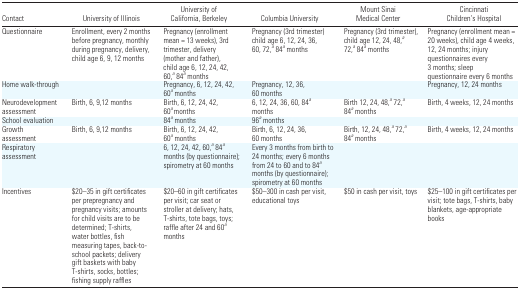
<table><thead><tr><td><b>Contact</b></td><td><b>University of Illinois</b></td><td><b>University of California, Berkeley</b></td><td><b>Columbia University</b></td><td><b>Mount Sinai Medical Center</b></td><td><b>Cincinnati Children’s Hospital</b></td></tr></thead><tbody><tr><td>Questionnaire</td><td>Enrollment, every 2 months before pregnancy, monthly during pregnancy, delivery, child age 6, 9, 12 months</td><td>Pregnancy (enrollment mean = 13 weeks), 3rd trimester, delivery (mother and father), child age 6, 12, 24, 42, 60,a 84a months</td><td>Pregnancy (3rd trimester) child age 6, 12, 24, 36, 60, 72,a 84a months</td><td>Pregnancy (3rd trimester), child age 12, 24, 48,a 72,a 84a months</td><td>Pregnancy (enrollment mean = 20 weeks), child age 4 weeks, 12, 24 months; injury questionnaires every 3 months; sleep questionnaire every 6 months</td></tr><tr><td>Home walk-through</td><td></td><td>Pregnancy, 6, 12, 24, 42, 60a months</td><td>Pregnancy, 12, 36, 60 months</td><td></td><td>Pregnancy, 12, 24 months</td></tr><tr><td>Neurodevelopment assessment</td><td>Birth, 6, 9,12 months</td><td>Birth, 6, 12, 24, 42, 60a months</td><td>6, 12, 24, 36, 60, 84a months</td><td>Birth 12, 24, 48,a 72,a 84a months</td><td>Birth, 4 weeks, 12, 24 months</td></tr><tr><td>School evaluation</td><td></td><td>84a months</td><td>96a months</td><td></td><td></td></tr><tr><td>Growth assessment</td><td>Birth, 6, 9,12 months</td><td>Birth, 6, 12, 24, 42, 60a months</td><td>Birth, 6, 12, 24, 36, 60 months</td><td>Birth, 12, 24, 48,a 72,a 84a months</td><td>Birth, 4 weeks, 12, 24 months</td></tr><tr><td>Respiratory assessment</td><td></td><td>6, 12, 24, 42, 60,a 84a months (by questionnaire); spirometry at 60 months</td><td>Every 3 months from birth to 24 months; every 6 months from 24 to 60 and to 84a months (by questionnaire); spirometry at 60 months</td><td></td><td></td></tr><tr><td>Incentives</td><td>$20–35 in gift certificates per prepregnancy and pregnancy visits; amounts for child visits are to be determined; T-shirts, water bottles, fish measuring tapes, back-to-school packets; delivery gift baskets with baby T-shirts, socks, bottles; fishing supply raffles</td><td>$20–60 in gift certificates per visit; car seat or stroller at delivery; hats, T-shirts, tote bags, toys; raffle after 24 and 60a months</td><td>$50–300 in cash per visit, educational toys</td><td>$50 in cash per visit, toys</td><td>$25–100 in gift certificates per visit; tote bags, T-shirts, baby blankets, age-appropriate books</td></tr></tbody></table>